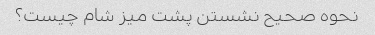
نحوه صحیح نشستن پشت میز شام چیست؟